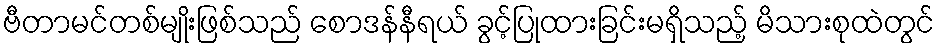
ဗီတာမင်တစ်မျိုးဖြစ်သည် စောဒန်နီရယ် ခွင့်ပြုထားခြင်းမရှိသည့် မိသားစုထဲတွင်